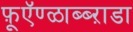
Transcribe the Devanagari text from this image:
फ़ूऍण्ळाब्ब्ऱाडा